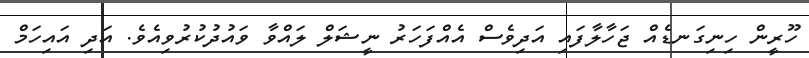
ހޫރީން ހިނިގަނޑެއް ޖަހާލާފައި އަދިވެސް އެއްފަހަރު ނީޝަލް ލައްވާ ވައުދުކުރުވިއެވެ. އަދި އައިހަމް